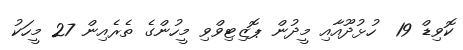
ކޮވިޑް 19  ހުޅުދޫއާއި މީދުން ޕޮޒިޓިވްވި މީހުންގެ ތެރެއިން 27 މީހަކު